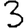
Digit: 3